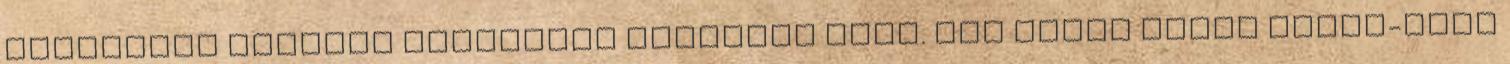
Deutsches Theater Oreszteia előadása volt. Jan Klata Stary Teatr-beli